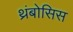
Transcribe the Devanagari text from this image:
थ्रंबोसिस